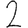
Digit: 2